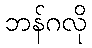
ဘန်ဂလို